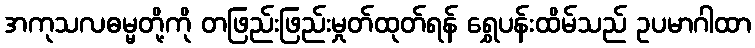
အကုသလဓမ္မတို့ကို တဖြည်းဖြည်းမှုတ်ထုတ်ရန် ရွှေပန်းထိမ်သည် ဥပမာဂါထာ